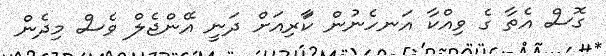
ގޮސް އެތާ ގެ ވިއްކާ އަނހެނުން ކަަާރިއަށް ދަނީ އޭންޖެލް ވެސް މިދެން